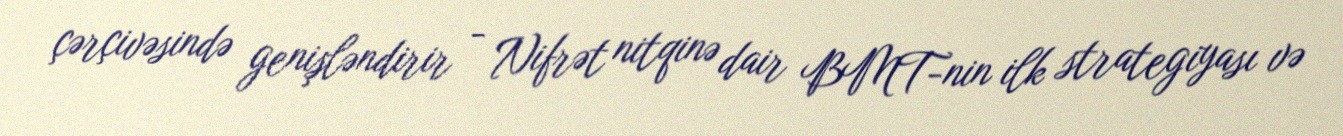
çərçivəsində genişləndirir - Nifrət nitqinə dair BMT-nin ilk strategiyası və